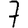
Digit: 7